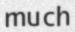
much